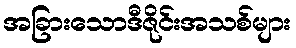
အခြားသောဒီဇိုင်းအသစ်များ